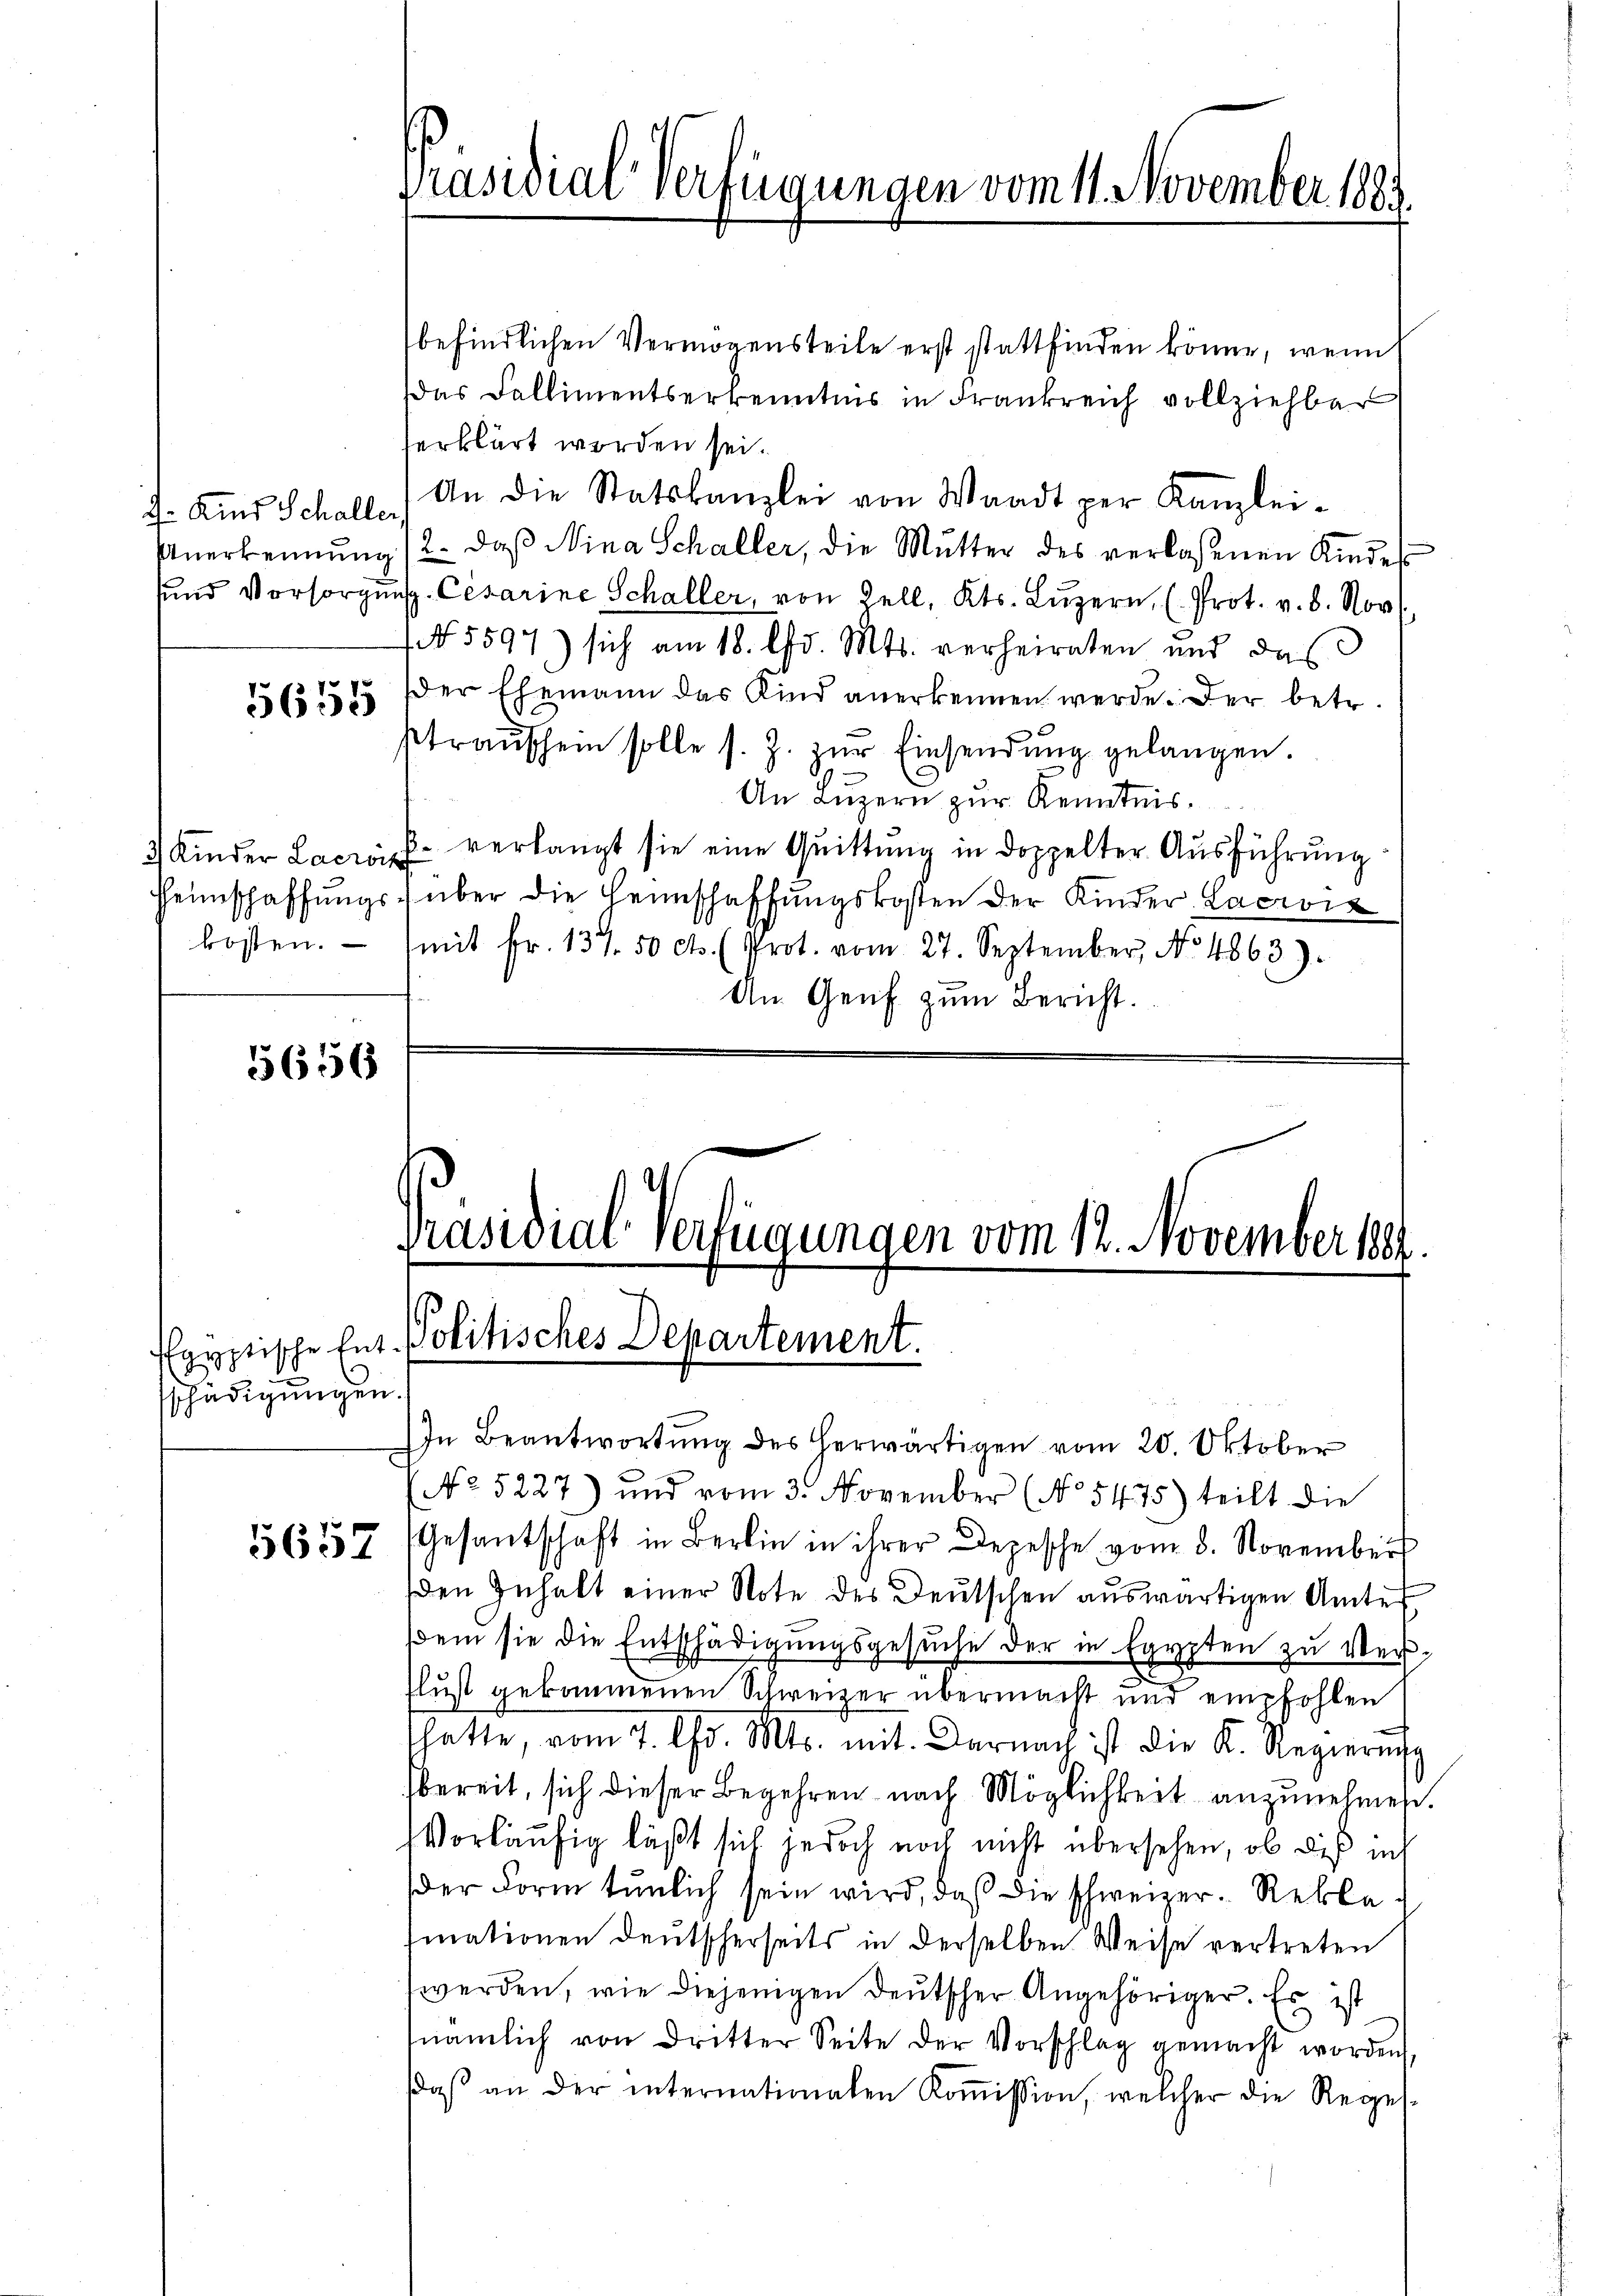
4. Kind Schaller

5655

5656

schädigungen.

5657

Präsidial-Verfügungen vom 11. November 1889.

befindlichen Vermögensteile erst stattfinden könne, wenn
das Fallimentserkenntnis in Frankreich vollziehbar
erklärt worden sei.
An die Statskanzlei von Waadt per Kanzlei-
Anerkennung (2. daβ Nina Schaller, die Mutter des verlassenen Kindes
und Vorsorgŭng. Cesarine Schaller, von Zell, Kts. Lŭzern, (Prot. v. 8. Nov.
NNo. 5597) sich am 18. d. Mts. verheiraten und das
der Ehemann das Kind anerkennen werde. Der betr.
Ptraŭschein solle s. Z. zŭr Einsendŭng gelangen.
An Luzern zur Kenntnis.
3 Kinder Lacrois verlangt sie eine Quittung in doppelter Ausführung
Heimschaffŭngs- über die Heimschaffungskosten der Kinder Lacrois
kosten. (mit Fr. 137. 50 cts. (Prot. vom 27. September, No 4863).
An Genf zum Bericht.

Präsidial-Verfügungen vom 12. November 1889.
Egyptische Ent. Politisches Departement.

In Beantwortŭng des herwärtigen vom 20. Oktober
No 5227) und vom 3. November (No 5475) teilt die
Gesantschaft in Bern in ihrer Depesche vom 8. November
den Gehalt einer Note des Deutschen auswärtigen Amtes
sem sie die Entschädigungsgesuche der in Egypten zu Ver¬
Flust gekommenen Schweizer übermacht und empfohlen
hatte, vom 7. d. Mts. mit. Darnach ist die K. Regierŭng
fbereit, sich dieser Begehren nach Möglichkeit anzunehmen.
Vorläufig läßt sich jedoch noch nicht übersehen, ob dies int
der Form tunlich sein wird, daß die schweizer Rekla
mationen deutscherseits in derselben Weise vertreten
werden, wie diejenigen Deutscher Angehöriger. Es ist
nämlich von dritter Seite der Vorschlag gemacht worden,
daβ an der internationalen Koṁission, welcher die Regel-